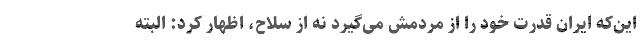
این‌که ایران قدرت خود را از مردمش می‌گیرد نه از سلاح، اظهار کرد: البته